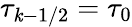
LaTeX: \tau_{\mathit{k}-1/2}=\tau_{0}